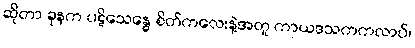
ဆိုတာ ခုနက ပဋိသေန္ဓေ စိတ်ကလေးနဲ့အတူ ကာယဒသကကလာပ်၊